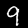
Digit: 9